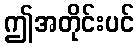
ဤအတိုင်းပင်